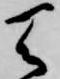
天